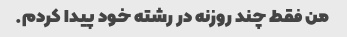
من فقط چند روزنه در رشته خود پیدا کردم.